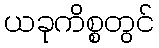
ယခုကိစ္စတွင်